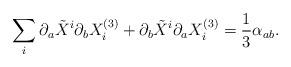
LaTeX: \begin{align*} \sum_i \partial_a \tilde {X}^i \partial_b X_i^{(3)} + \partial_b \tilde {X}^i \partial_a X_i^{(3)} = \frac{1}{3} \alpha_{ab}.\end{align*}